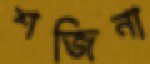
শজিনা